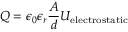
Q = \epsilon _ { 0 } \epsilon _ { r } \frac { A } { d } U _ { \mathrm { e l e c t r o s t a t i c } }